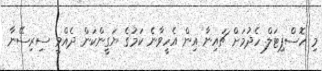
މި ހޮސްޕިޓަލް ހެދުމަށް ޗައިނާ އިން އެހީވާނެ ކަމުގެ ޔަގީންކަން ދެއްވީ ސިރިސޭނާ